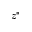
z ^ { * }